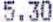
5.30